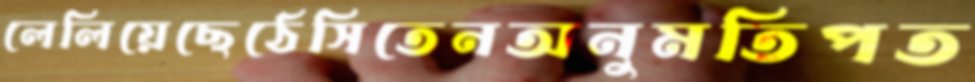
লেলিয়েছেঠেসিতেনঅনুমতিপত